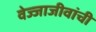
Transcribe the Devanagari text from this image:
वेज्जाजीवांची